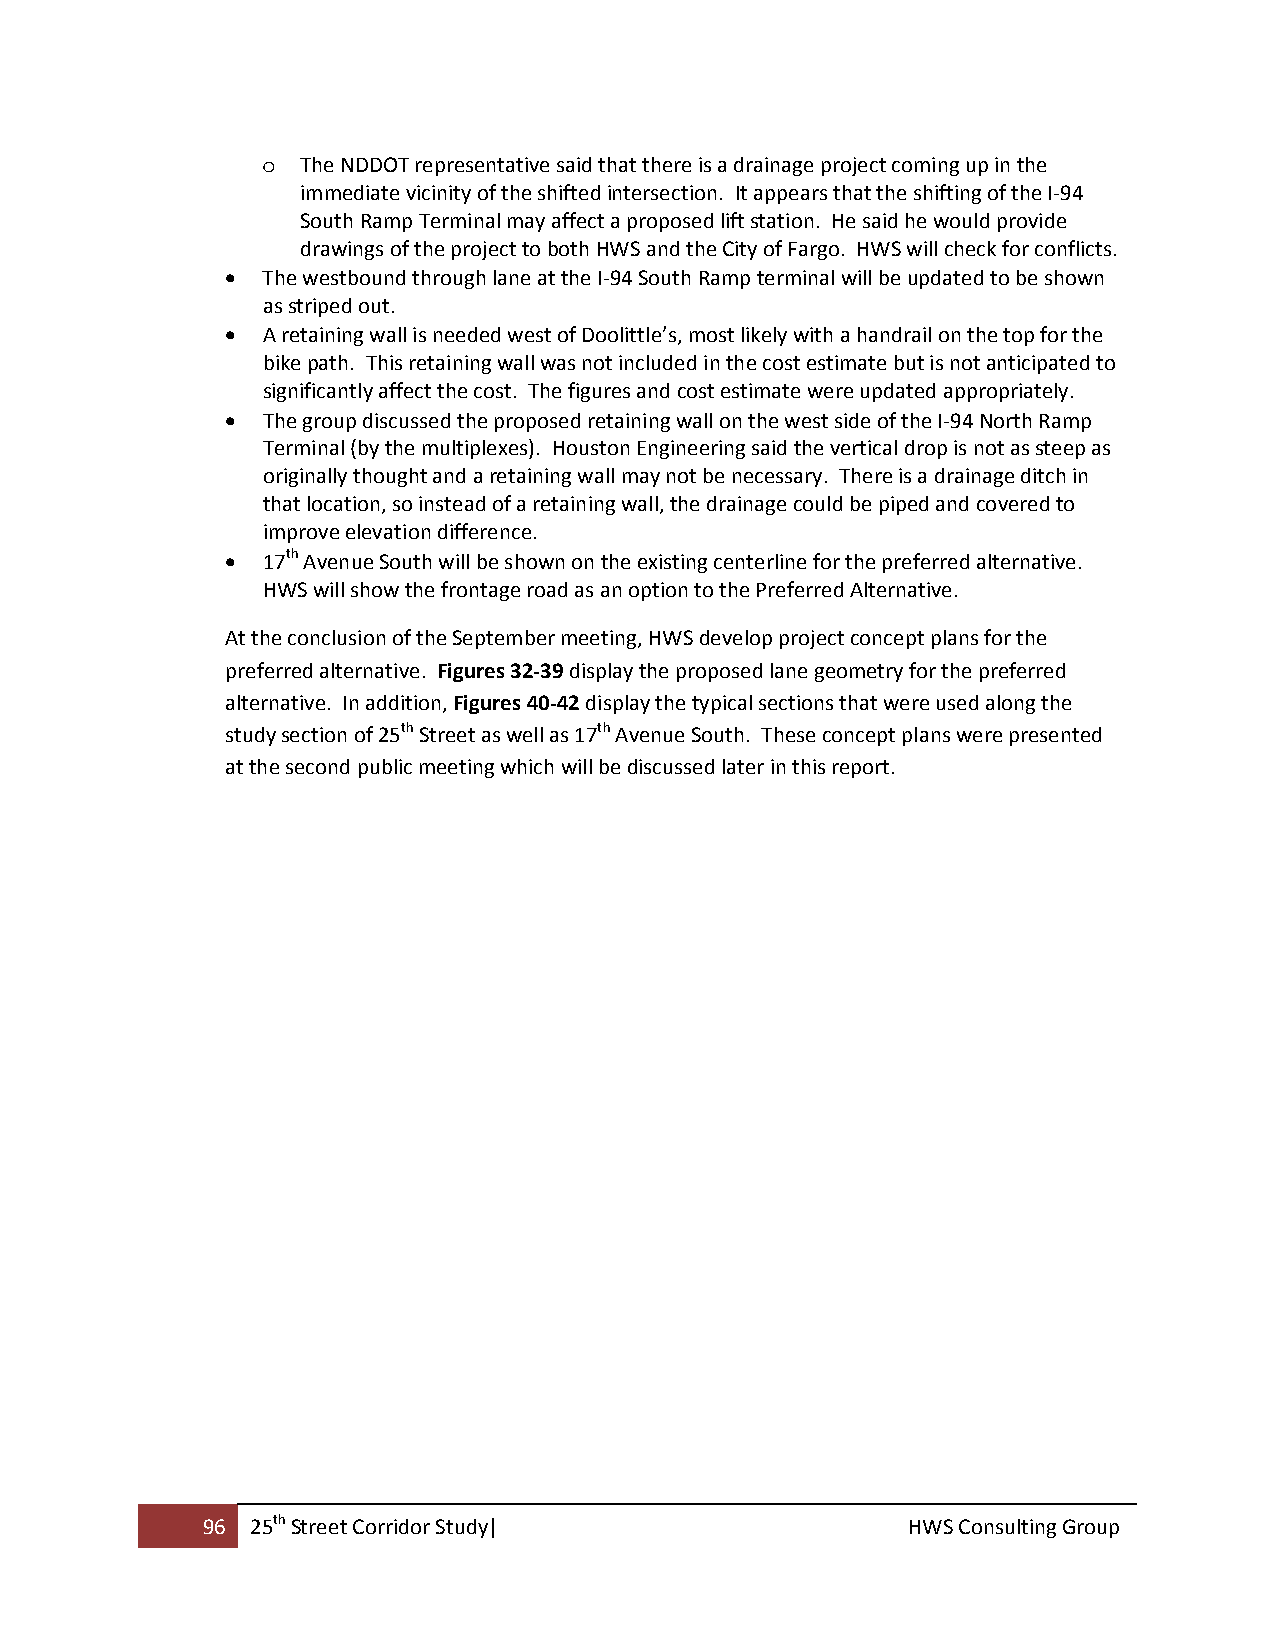
o  The NDDOT representative said that there is a drainage project coming up in the
 immediate vicinity of the shifted intersection. It appears that the shifting of the I‐94
 South Ramp Terminal may affect a proposed lift station. He said he would provide
 drawings of the project to both HWS and the City of Fargo. HWS will check for conflicts.
  The westbound through lane at the I‐94 South Ramp terminal will be updated to be shown
 as striped out.
  A retaining wall is needed west of Doolittle’s, most likely with a handrail on the top for the
 bike path. This retaining wall was not included in the cost estimate but is not anticipated to
 significantly affect the cost. The figures and cost estimate were updated appropriately.
  The group discussed the proposed retaining wall on the west side of the I‐94 North Ramp
 Terminal (by the multiplexes). Houston Engineering said the vertical drop is not as steep as
 originally thought and a retaining wall may not be necessary. There is a drainage ditch in
 that location, so instead of a retaining wall, the drainage could be piped and covered to
 improve elevation difference.
  17th Avenue South will be shown on the existing centerline for the preferred alternative.
 HWS will show the frontage road as an option to the Preferred Alternative.
 At the conclusion of the September meeting, HWS develop project concept plans for the
 preferred alternative. Figures 32‐39 display the proposed lane geometry for the preferred
 alternative. In addition, Figures 40‐42 display the typical sections that were used along the
 study section of 25th Street as well as 17th Avenue South. These concept plans were presented
 at the second public meeting which will be discussed later in this report.
 96  25th Street Corridor Study|                HWS Consulting Group